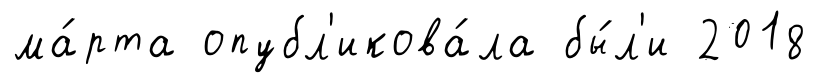
ма́рта опубл'икова́ла бы́л'и 2018